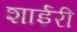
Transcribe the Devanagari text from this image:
शाईरी